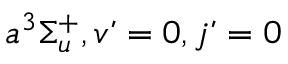
a ^ { 3 } \Sigma _ { u } ^ { + } , v ’ = 0 , j ’ = 0